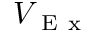
V _ { \mathrm { ~ E ~ x ~ } }